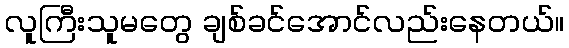
လူကြီးသူမတွေ ချစ်ခင်အောင်လည်းနေတယ်။